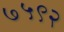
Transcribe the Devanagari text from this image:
७५९२